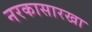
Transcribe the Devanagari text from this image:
नरकासारखा